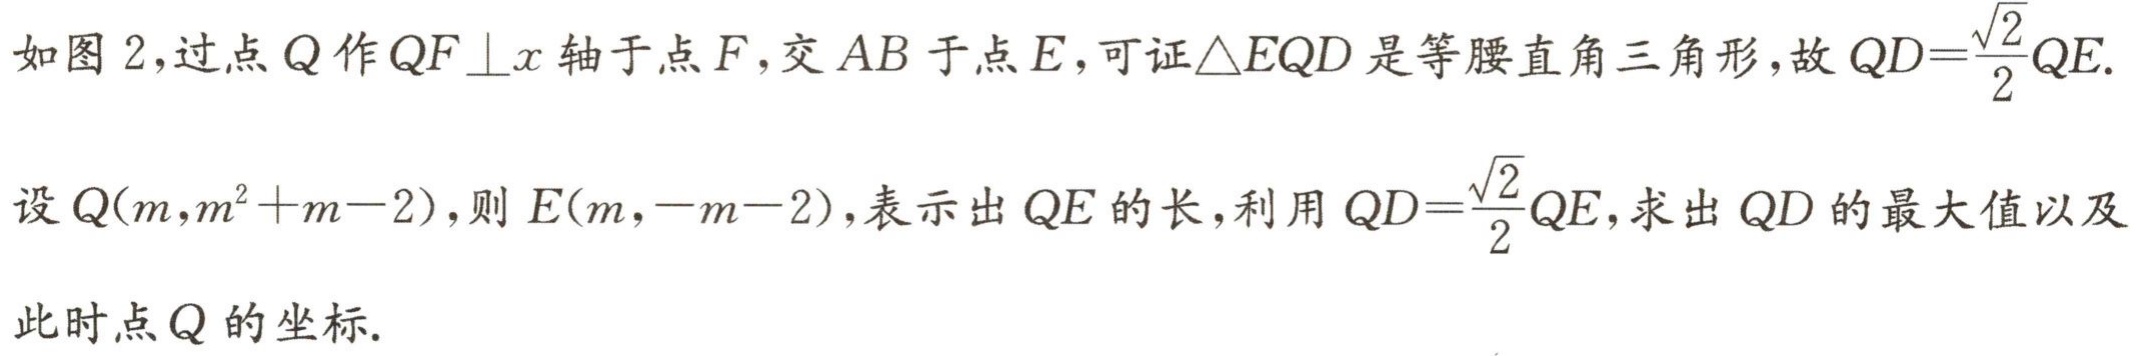
如图 2,过点\(Q\)作\(QF \perp x\)轴于点\(F\),交\(AB\)于点\(E\),可证\(\triangle EQD\)是等腰直角三角形,故\(QD = \frac{\sqrt{2}}{2}QE\).

设\(Q(m,m^{2}+m - 2)\),则\(E(m,-m - 2)\),表示出\(QE\)的长,利用\(QD = \frac{\sqrt{2}}{2}QE\),求出\(QD\)的最大值以及此时点\(Q\)的坐标.